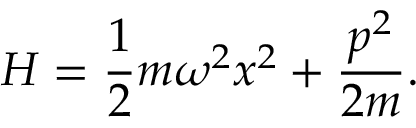
H = { \frac { 1 } { 2 } } m \omega ^ { 2 } x ^ { 2 } + { \frac { p ^ { 2 } } { 2 m } } .